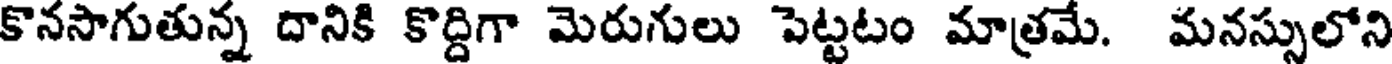
కొనసాగుతున్న దానికి కొద్దిగా మెరుగులు పెట్టటం మాత్రమే. మనస్సులోని